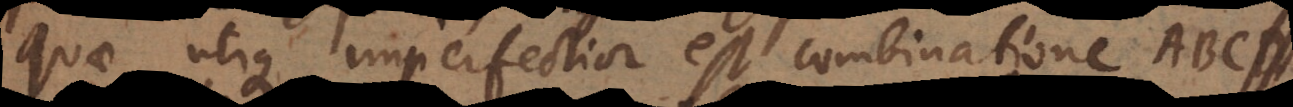
quae utique imperfectior est combinatione ABCD